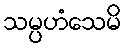
သမ္ပဟံသေမိ